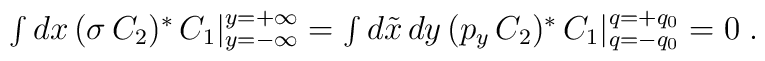
\textstyle{\int }\, dx \, (\sigma \, C_2)^{\ast} \, C_1\vert_{y=-\infty}^{y=+\infty} = \textstyle{\int} \, d \tilde{x} \, dy \, (p_y \, C_2)^{\ast}\, C_1\vert_{q=-q_0}^{q=+q_0}= 0 \; .